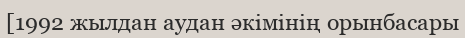
[1992 жылдан аудан әкімінің орынбасары